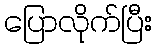
ပြောလိုက်ပြီး